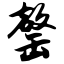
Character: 罄